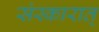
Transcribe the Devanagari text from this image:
संस्कारात्‌